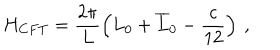
H _ { C F T } = \displaystyle \frac { 2 \pi } { L } \left( L _ { 0 } + \overline { { { L } } } _ { 0 } - \displaystyle \frac { c } { 1 2 } \right) \: ,